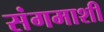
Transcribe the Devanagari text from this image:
संगमाशी